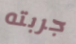
جربته